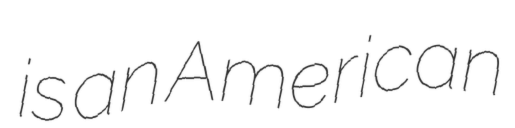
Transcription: is an American